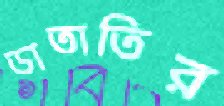
ডাতাতির